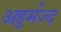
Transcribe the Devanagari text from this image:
अहुर्मज्द